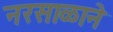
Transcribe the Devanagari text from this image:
नरसाळाने